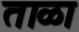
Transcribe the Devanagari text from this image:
ताळा